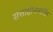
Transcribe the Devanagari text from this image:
सत्ताहीनव्यक्ति